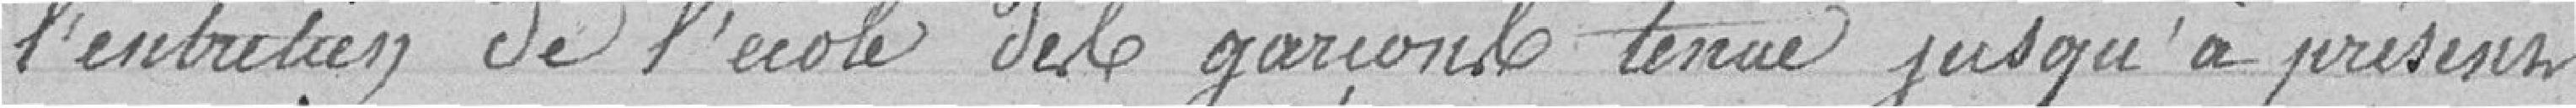
l'entretien de l'école des garçons tenu jusqu'à présent